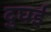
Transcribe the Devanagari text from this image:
दुघई